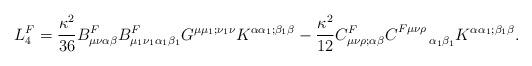
LaTeX: \begin{align*}L^F_4=\frac{\kappa^2}{36}B^F_{\mu\nu\alpha\beta}B^{F}_{\mu_1\nu_1\alpha_1\beta_1} G^{\mu\mu_1;\nu_1\nu}K^{\alpha\alpha_1;\beta_1\beta}-\frac{\kappa^2}{12}C^F_{\mu\nu\rho;\alpha\beta}C^{F\mu\nu\rho}_{~~~~~~\alpha_1\beta_1}K^{\alpha\alpha_1;\beta_1\beta}.\end{align*}